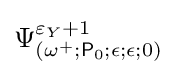
\Psi _{(\omega ^{+};{\mathsf {P}}_{0};\epsilon ;\epsilon ;0)}^{\varepsilon _{Y}+1}